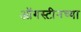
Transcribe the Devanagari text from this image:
ऑगस्टीनच्या